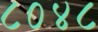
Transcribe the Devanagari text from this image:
८०४८